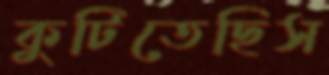
কুটিতেছিস